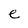
Character: e